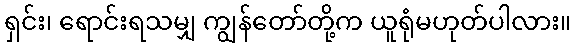
ရှင်း၊ ရောင်းရသမျှ ကျွန်တော်တို့က ယူရုံမဟုတ်ပါလား။